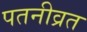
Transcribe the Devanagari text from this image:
पतनीव्रत